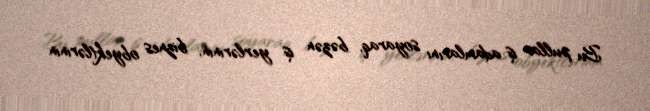
Bu pullar iş adamlarını soyaraq, bəzən iş yerlərinin, biznes obyektlərinin